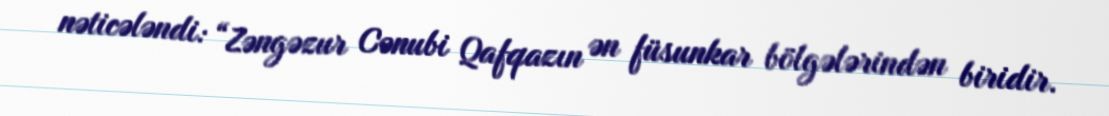
nəticələndi: “Zəngəzur Cənubi Qafqazın ən füsunkar bölgələrindən biridir.